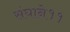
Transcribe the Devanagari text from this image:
संघाने११